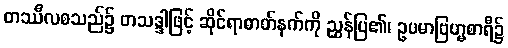
တဿီလစသည်၌ တသဒ္ဒါဖြင့် ဆိုင်ရာဓာတ်နက်ကို ညွှန်ပြ၏၊ ဥပမာဗြဟ္မစာရီ၌